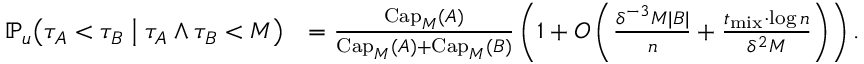
\begin{array} { r l } { \mathbb { P } _ { u } \! \left( \tau _ { A } < \tau _ { B } \; \middle \vert \; \tau _ { A } \wedge \tau _ { B } < M \right) } & { = \frac { \mathrm { C a p } _ { M } ( A ) } { \mathrm { C a p } _ { M } ( A ) + \mathrm { C a p } _ { M } ( B ) } \left( 1 + O \left( \frac { \delta ^ { - 3 } M | B | } { n } + \frac { t _ { \mathrm { m i x } } \cdot \log n } { \delta ^ { 2 } M } \right) \right) . } \end{array}